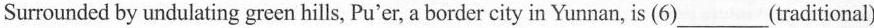
Surrounded by undulating green hills, Pu'er, a border city in Yunnan, is (6)___(traditional)